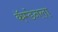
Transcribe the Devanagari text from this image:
कॅम्डेनला